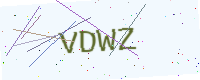
Text: VDWZ